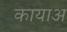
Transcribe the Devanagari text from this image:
कायाअ